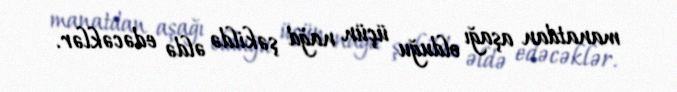
manatdan aşağı olduğu üçün nağd şəkildə əldə edəcəklər.